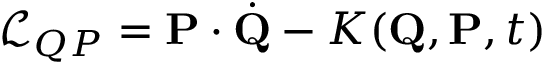
{ \mathcal { L } } _ { Q P } = \mathbf { P } \cdot { \dot { \mathbf { Q } } } - K ( \mathbf { Q } , \mathbf { P } , t )